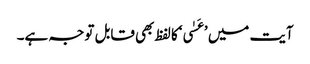
آیت میں ’عَسٰی‘کا لفظ بھی قابل توجہ ہے۔